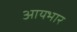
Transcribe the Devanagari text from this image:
आयभार